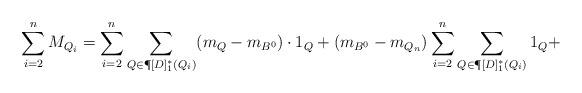
LaTeX: \begin{align*} \sum\limits_{i=2}^n M_{Q_i}= \sum\limits_{i=2} ^n \sum\limits_{Q\in \P[D]_1^*(Q_i)} (m_Q-m_{B^0})\cdot 1_Q+ (m_{B^0}-m_{Q_n}) \sum\limits_{i=2} ^n \sum\limits_{Q\in \P[D]_1^*(Q_i)} 1_Q+\end{align*}